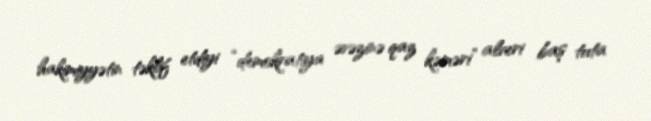
hakimiyyətin təklif etdiyi “demokratiya əvəzinə qaz kəməri” alveri baş tuta